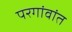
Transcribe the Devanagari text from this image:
परगांवांत